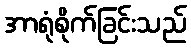
အာရုံစိုက်ခြင်းသည်